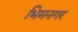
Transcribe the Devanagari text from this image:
भिमनगर